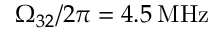
\Omega _ { 3 2 } / 2 \pi = 4 . 5 \: \mathrm { M H z }